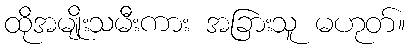
ထိုအမျိုးသမီးကား အခြားသူ မဟုတ်။